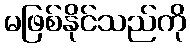
မဖြစ်နိုင်သည်ကို